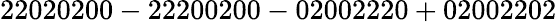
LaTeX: \mathrm{22020200-22200200-02002220+02002202}